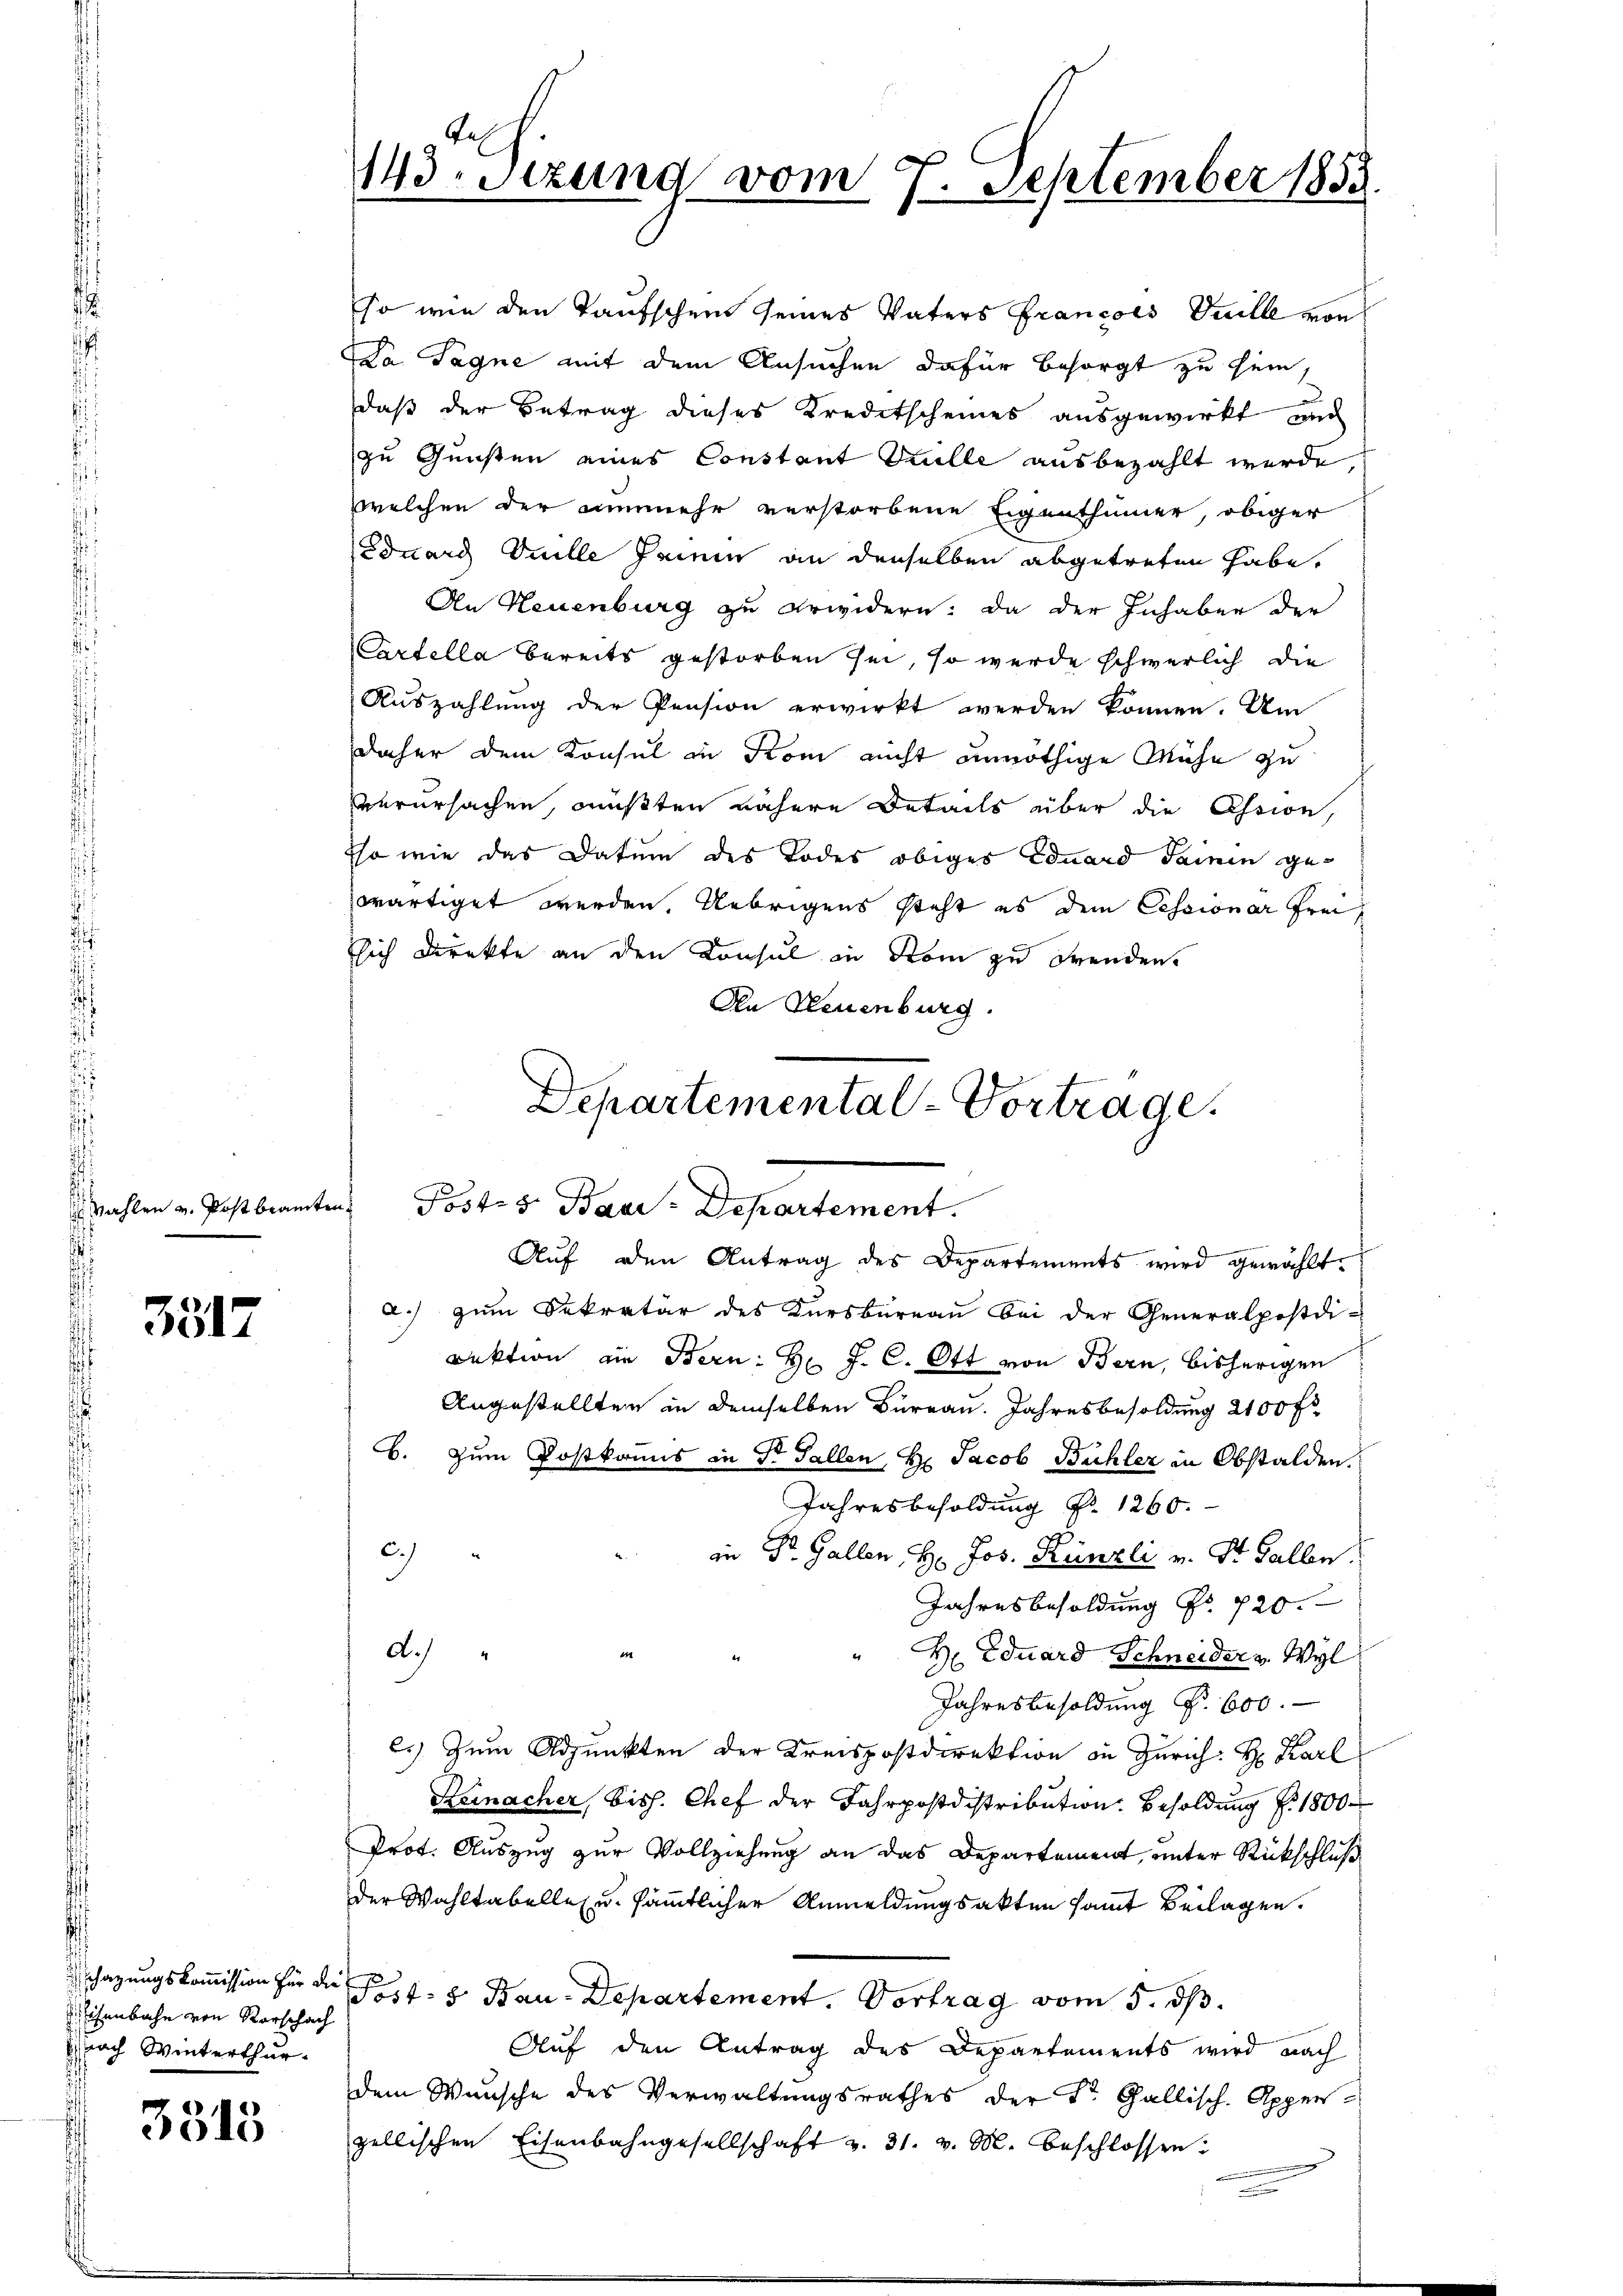
Mahlen v. Post beamten

3317

isenbahn von Rorschach
nach Winterthur.

3515

e
13.Sizung vom 7. September 1858.

so wie den Taufschein seines Vaters Francois Guille von
Da Tagne mit dem Ansuchen dafür besorgt zu sein,
daß der Betrag dieses Kreditscheines ausgewirkt und
zu Gunsten eines Constant Kulle ausbezahlt werde
welchen der nunmehr verstorbene Eigenthümer, obiger
Eduard Suille seinen an denselben abgetreten habe,
An Neuenburg zu erwidern: Da der Inhaber der
Cartella bereits gestorben sei, so werde schwerlich die
Auszahlung der Pension erwirkt werden können. Um
daher dem Konsul in Kom nicht unnöthige Mühe zu
verursachen, müßten nähere Details über die Assion,
Iso wie das Datum des Todes obiges Eduard Sainen gewärtiget werden. Uebrigens steht es dem Cessionar Freissich Direkte an den Konsul in Rom zu Freuden.
An Neuenburg.
a.) zum Sekretär des Kursbureau bei der Generalpostdi-
rektion ein Bern: Hr. J. C. Ott von Bern, bisherigen
Angestellten in demselben Bureau. Jahresbesoldung 2100 fl
B. zum Postkanis in Dr Fallen, Hr. Jacob Bühler in Obstalden.
Jahresbesoldung Nr. 1260.
2.)
in St. Gallen, H. Jos. Künzli v. St. Gallen.
Jahresbesoldung Nr. 720.
d.)
" Dr. Eduard Schneider v. Wyl
Jahresbesoldung f. 600.
6.) Zum Adjunkten der Kreispostdirektion in Zürich: H. Karl
Reinacher, bish. Chef der Jahrpostdistribution. Besoldung f. 1800
Prot. Auszug zur Vollziehung an das Departement, unter Rückschluß
der Wahltabelle zu sämmtlicher Anmeldungsakten sammt Beilagen.
chazungskoṁission für die Post- u Bau-Departement. Vortrag vom 5. ds.
Auf den Antrag des Departements wird nach
dem Wunsche des Verwaltungsrathes der Dr. Gallisch-Appenzellischen Eisenbahngesellschaft v. 31. v. M. beschlossen:

E

Departemental-Vortrage.
u. Jostis Bau-Departement.
Auf den Antrag des Departements wird gewählt.